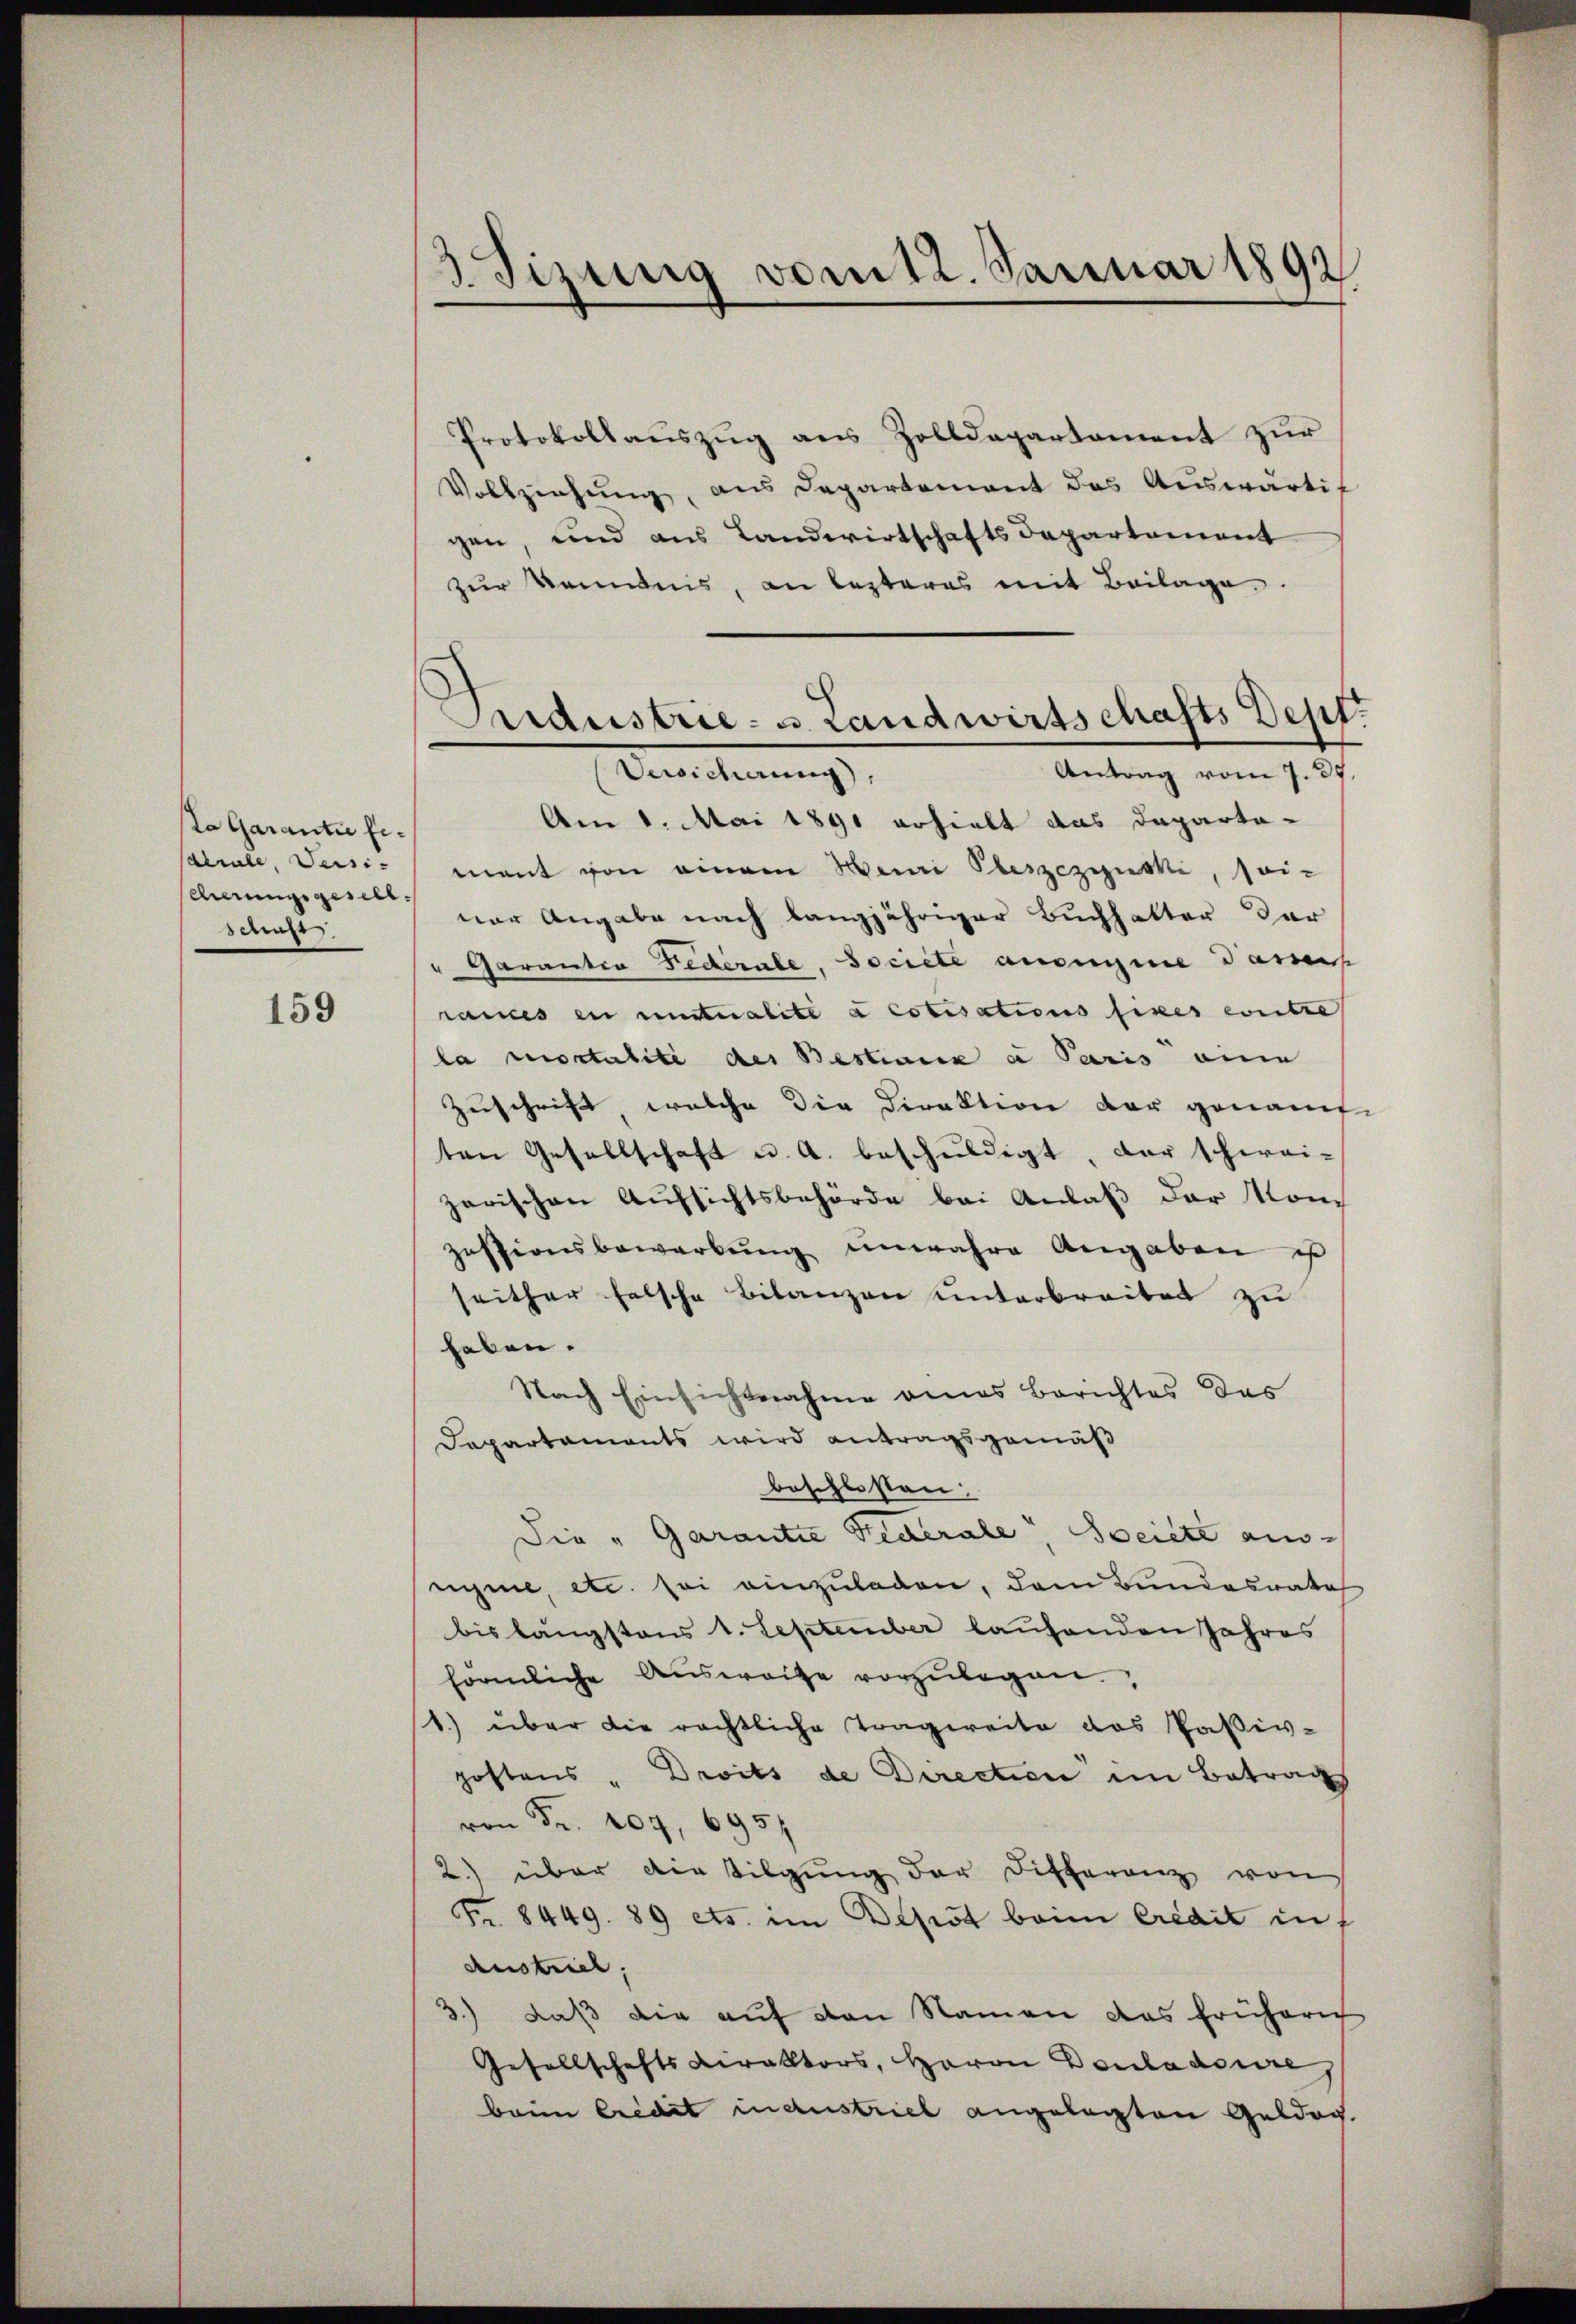
La Garantie fe¬
Catrale, Versi-
cherungsgesell
schaft

159

3. Tizung vom 12. Januar 1892

Protokollauszug aus Zolldepartament zur
Vollziehung, aus Departement des Auswärtigen, und aus Landwirtschaftsdepartement
zur kommnis, an lezteres mit Beilage
Am 8. Mai 1891 erhielt das Daparta-
mant von einem Weini Oleszezynski, seiner Angabe nach langjähriger Buchhalter der
" Garantia Federale, Societe ansegne damit
rames in untalite à cotisations fixes contre
la mortalité des Bestiane a Paris eine
Zuschrift, welche die Direktion der genann
ten Gesellschaft u. a. beschŭldigt, der schwei-
zarischen Aufsichtsbehörde bei Anlaß der Mon
zessionsbewerbŭng unwahre Angaben u
seither falsche Bilanzen unterbreitet zu
haben.
Nach Einsichtnahme eines Berichtes des
Dapartaments wird antragsgemäß
beschlossen:
Die „Garantie Federale, Seite ausnyme etc. sei einzuladen, dem Bundesrate
bis längstens 1. September laufenden Jahres
förmliche Aŭsweise vorzŭlegen,
1) über die rächtliche Tragereite das Paßiv-
postens " Droits de Direction im Betrags
von Fr. 207, 695
2) über die Tilgung der Differenz von
Fr. 8449. 89 ets. im Depot beim Credit in
Austriel
3.) daß die aŭf von Namen das früherig
Gesellschaftsdirektors, Herrn Douladenre
bann Credit in austrieb angelegten Gelder.

Aidustrie- u. Landwirtschafts Dept
Antrag vom 7. 35
Versicherung),